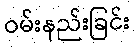
ဝမ်းနည်းခြင်း